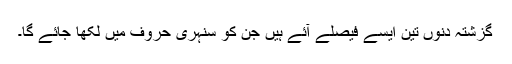
گزشتہ دنوں تین ایسے فیصلے آئے ہیں جن کو سنہری حروف میں لکھا جائے گا۔